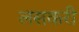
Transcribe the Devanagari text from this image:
लसकरी